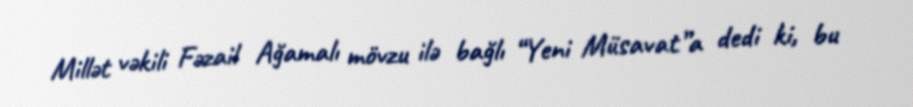
Millət vəkili Fəzail Ağamalı mövzu ilə bağlı “Yeni Müsavat”a dedi ki, bu